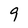
Character: 9